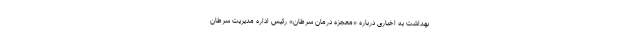
بهداشت به اخباری درباره «معجزه درمان سرطان» رئیس اداره مدیریت سرطان